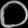
Digit: ၀